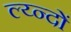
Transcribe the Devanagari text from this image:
ल्य्न्दों